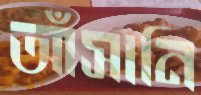
আঁসানি